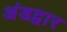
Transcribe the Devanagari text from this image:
अंडद्वार